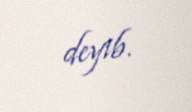
deyib.